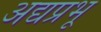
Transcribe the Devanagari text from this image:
अद्यप्रभू